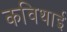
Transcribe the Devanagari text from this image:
कविथाई